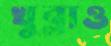
খুব্‌লাও